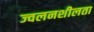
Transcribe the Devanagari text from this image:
ज्‍वलनशीलता